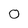
Character: 0